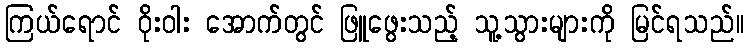
ကြယ်ရောင် ဝိုးဝါး အောက်တွင် ဖြူဖွေးသည့် သူ့သွားများကို မြင်ရသည်။